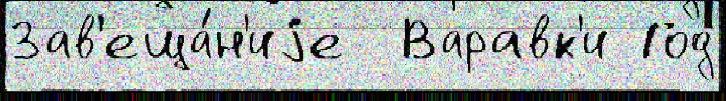
Зав'еща́н'иjе  Варавк'и Год